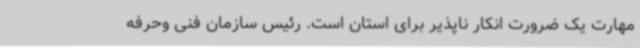
مهارت یک ضرورت انکار ناپذیر برای استان است. رئیس سازمان فنی وحرفه